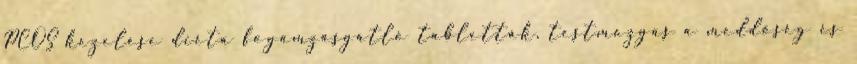
PCOS kezelése diéta fogamzásgátló tabletták, testmozgás a meddőség és